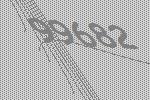
99682